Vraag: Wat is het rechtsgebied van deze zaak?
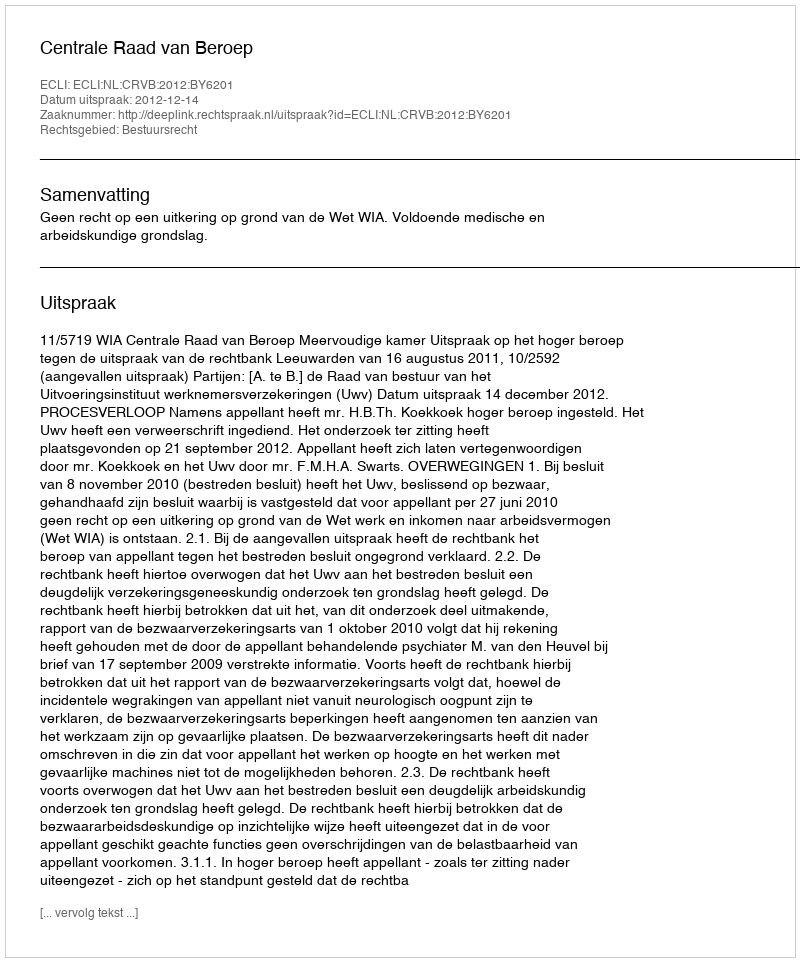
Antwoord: Bestuursrecht